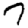
Digit: 7